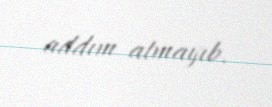
addım atmayıb.